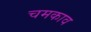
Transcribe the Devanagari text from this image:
चमकाव